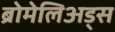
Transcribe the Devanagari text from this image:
ब्रोमेलिअड्स